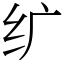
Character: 纩